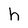
Character: h